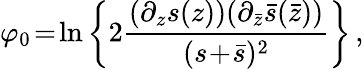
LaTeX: \varphi_{0}\! =\! \ln\left\{ 2\frac{(\partial_{z}s(z))(\partial_{\bar{z}}\bar{s}(\bar{z}))}{(s\! +\! \bar{s})^{2}}\right\} \, ,